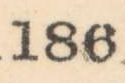
186